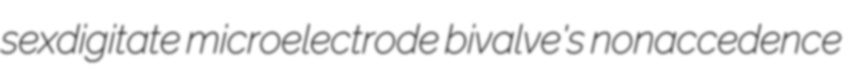
sexdigitate microelectrode bivalve's nonaccedence